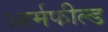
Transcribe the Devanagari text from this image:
आर्मफील्ड